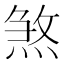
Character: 煞